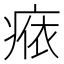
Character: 𤷴